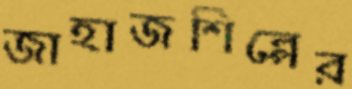
জাহাজশিল্পের